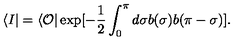
\langle I | = \langle { \cal O } | \exp [ - \frac 1 2 \int _ { 0 } ^ { \pi } d \sigma b ( \sigma ) b ( \pi - \sigma ) ] .